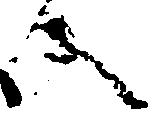
合